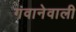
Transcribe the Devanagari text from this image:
गंवानेवाली